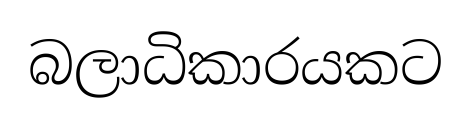
බලාධිකාරයකට